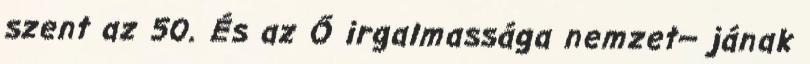
szent az 50. És az Ő irgalmassága nemzet− jának